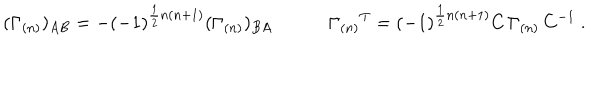
( \Gamma _ { ( n ) } ) _ { A B } = - ( - 1 ) ^ { \frac { 1 } { 2 } n ( n + 1 ) } ( \Gamma _ { ( n ) } ) _ { B A } \qquad \quad \Gamma _ { ( n ) } { } ^ { T } = ( - 1 ) ^ { \frac { 1 } { 2 } n ( n + 1 ) } C \, \Gamma _ { ( n ) } \, C ^ { - 1 } \ .